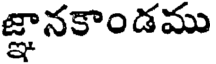
జ్ఞానకాండము